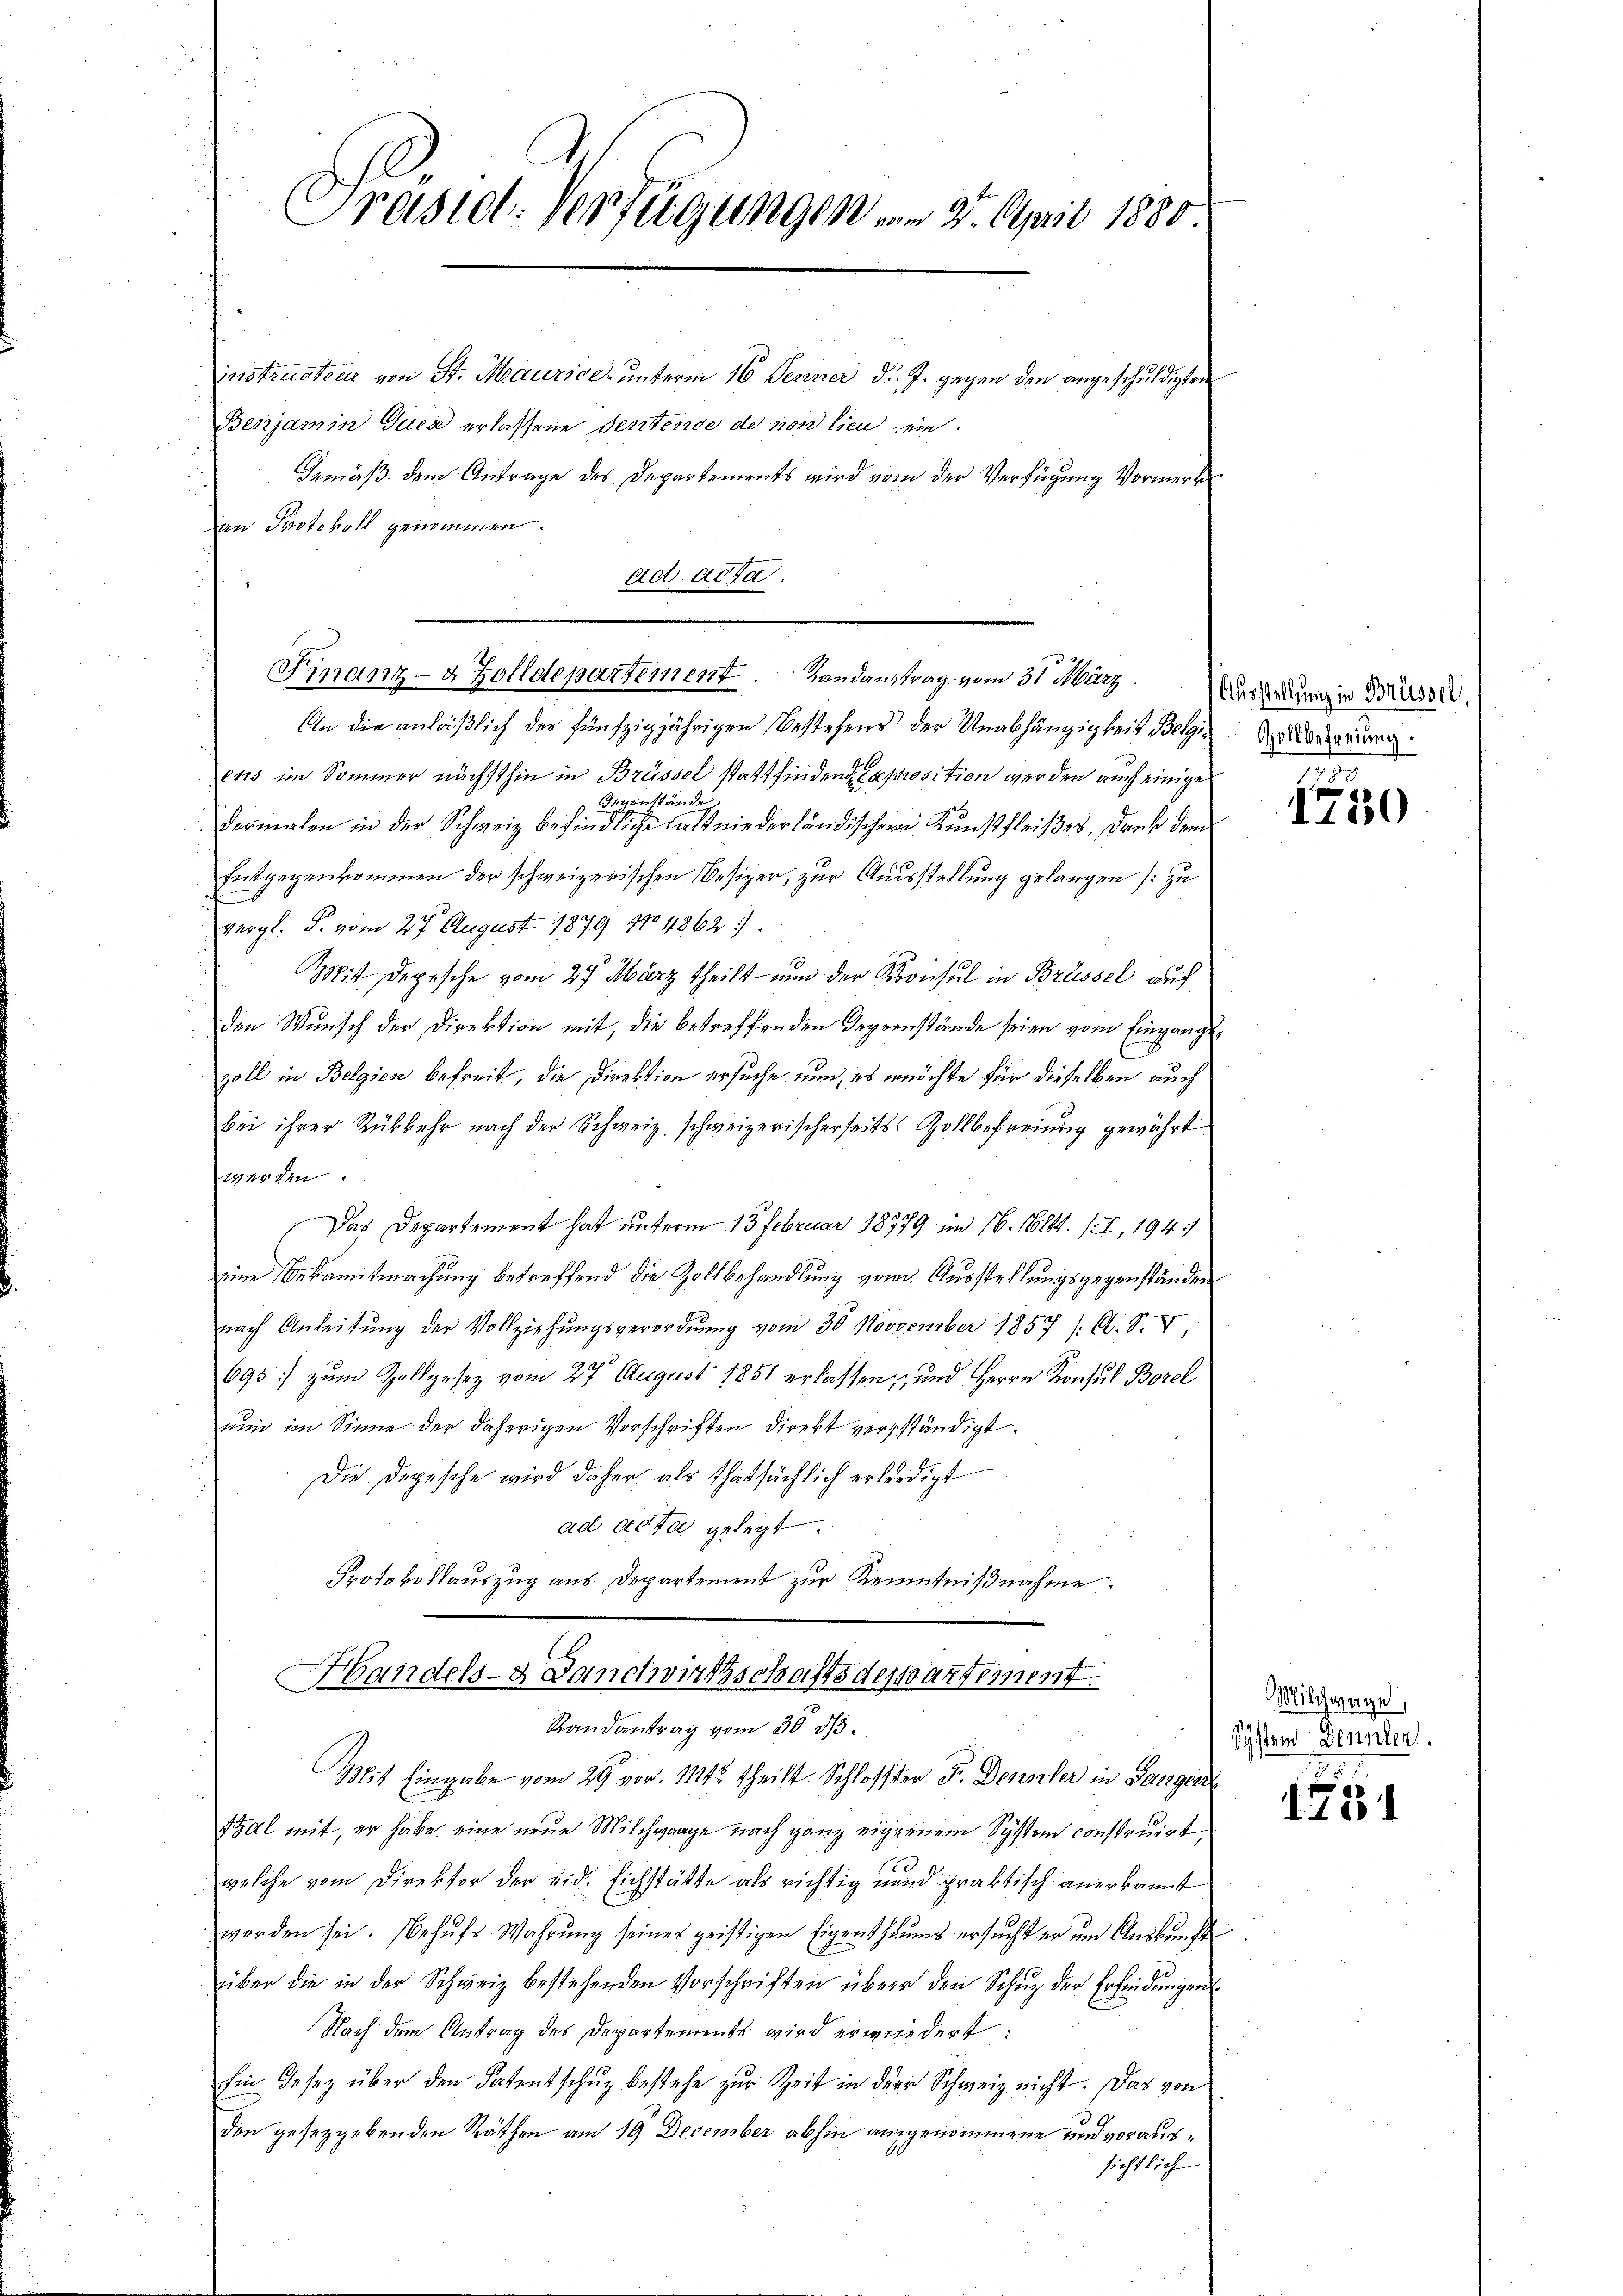
Präsid. Verfügungen vom 3. April 1880.

instructore von St. Maurice unterm 16. Jenner d. J. gegen den angeschuldigten
Benjamin Guck erlassene Sentence de non lieu ein
Gemäβ dem Antrage des Departements wird von der Verfügŭng Vormerk
an Protokoll genommen.
ad acta.

An die anläßlich des fünfzigjährigen Bestehens der Unabhängigkeit Belgi, Zollbeharrung
ehs im Sommer nächsthin in Brüssel stattfinden Exprosition werden auch einige
Gr. Stände
dermalen in der Schweiz befindliche alt niederländischer Kunstfleißes, Druk dem
Entgegenkommen der schweizerischen Besizer, zur Ausstellung gelangen [zu
vergl. P. vom 27. August 1879 1704862.
Mit Depesche vom 27. März theilt nun der Rovicsul in Brüssel auf
den Wunsch der Direktion mit, die betreffenden Degenstände seien vom Eingangszoll in Belgien befreit, die Direktion ersuche nun, es ermöchte für dieselben auch
bei ihrer Rükkehr nach der Schweiz schweizerischerseits Zollbefreiung gewährt
werden.
Das Departement hat unterm 13 Februar 18979 im 16. lt. II, 194
eine Bekamitmachung betreffend die Zollbehandlung vom Ausstellungsgegenständen
nach Anleitŭng der Vollziehŭngsverordnung vom 30. November 1857 1. A. S. V
695) zum Zollgesez vom 27. August 1851 erlassen, und Herrn Konsul Bozel
nun im Sinne der daherigen Vorschriften direkt verständigt.
Die Depesche wird daher als Thatsächlich erledigt
ad acta gelegt.
Protokollauszug aus Departement zur Kenntnißnahme.
Handels- Danckwirthschaftsdepartement.
Randantrag vom 30. ds.
Mit Eingabe vom 29 vor. 1114. theilt Schlosser F. Denzler in Sangen
Tal mit, er habe eine neue Milchgange nach ganz eigenem System construirt
welche vom Direktor der eid. Eichstätte als richtig und praktisch anerkannt
worden sei. (Behŭfs Wahrŭng seines gristigen Eigenthŭms ersŭcht er ŭm Aŭskŭnft
über die in der Schweiz bestehenden Vorschriften über den Schŭg der Erfindŭngen
Nach dem Antrag des Departements wird erwiedert:
Ein Gesetz über den Patentschuz bestehe zur Zeit in der Schweiz nicht. Das von
don gesetzgebenden Räthen am 19 December abhin ausgenommene und voraussichtlich

Finanz- & Zolldepartement. Landaustrag vom 31. März. Aushelung in Birse

1

Milchwage,
System Dennten.
57

1751